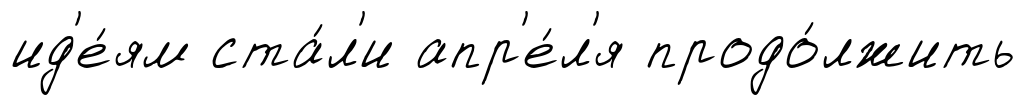
ид'е́ям ста́л'и апр'е́л'я продо́лжить